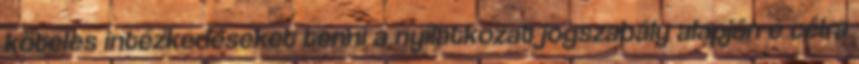
köteles intézkedéseket tenni a nyilatkozat jogszabály alapján e célra